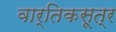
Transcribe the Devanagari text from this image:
वार्तिकसूत्र